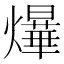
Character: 爗